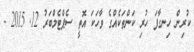
ކުރިން ހިނގާފަ ހުރި ކަންތަކެއްގެ ވާހަކަ އޮތީ ސެޕްޓެމްބަރު 12